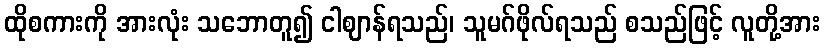
ထိုစကားကို အားလုံး သဘောတူ၍ ငါဈာန်ရသည်၊ သူမဂ်ဖိုလ်ရသည် စသည်ဖြင့် လူတို့အား